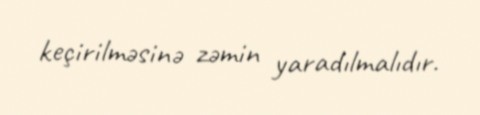
keçirilməsinə zəmin yaradılmalıdır.